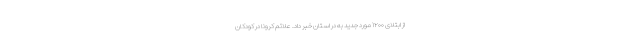
از ابتلای ۱۲۰۰ مورد جدید به در استان خبر داد. علائم کرونا در کودکان